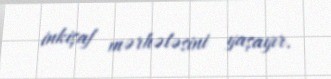
inkişaf mərhələsini yaşayır.